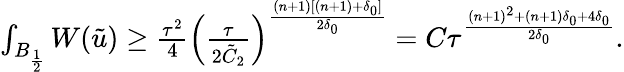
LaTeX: \begin{array}{r}{\int_{B_{\frac{1}{2}}}W(\tilde{u})\geq\frac{\tau^{2}}{4}\left(\frac{\tau}{2\tilde{C}_{2}}\right)^{\frac{(n+1)[(n+1)+\delta_{0}]}{2\delta_{0}}}=C\tau^{\frac{(n+1)^{2}+(n+1)\delta_{0}+4\delta_{0}}{2\delta_{0}}}.}\end{array}